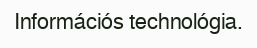
Információs technológia.